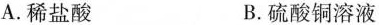
A.稀盐酸 B.硫酸铜溶液